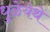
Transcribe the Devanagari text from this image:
धुळेयेथे